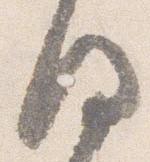
後